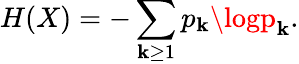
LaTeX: H(X)=-\sum_{\mathbf{k}\geq1}p_{\mathbf{k}}\logp_{\mathbf{k}}.